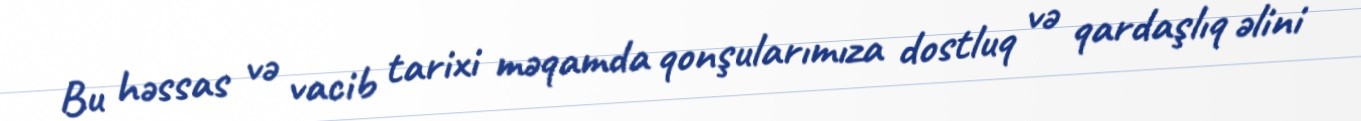
Bu həssas və vacib tarixi məqamda qonşularımıza dostluq və qardaşlıq əlini